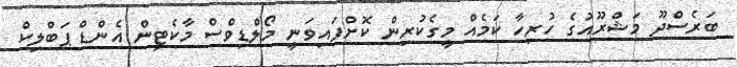
ބަރެސްދޫ މަޝްރޫއުގެ ހުރިހާ ކަމެއް މީގެކުރިން ކޮށްފައިވަނީ މޯލްޑިވްސް މާކެޓިން އެންޑް ޕަބްލިކް